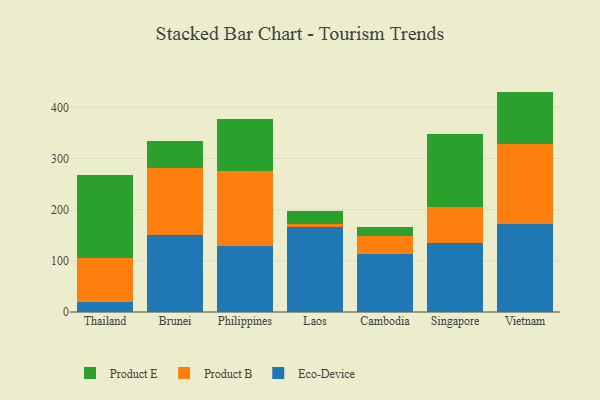
{"axis": {"x": "Country", "y": "Net Income (USD K)"}, "legend": ["Eco-Device", "Product B", "Product E"], "data": [{"x": "Thailand", "y": 19.5, "type": "Eco-Device"}, {"x": "Thailand", "y": 86.1, "type": "Product B"}, {"x": "Thailand", "y": 162.3, "type": "Product E"}, {"x": "Brunei", "y": 151.4, "type": "Eco-Device"}, {"x": "Brunei", "y": 130.2, "type": "Product B"}, {"x": "Brunei", "y": 53.4, "type": "Product E"}, {"x": "Philippines", "y": 128.6, "type": "Eco-Device"}, {"x": "Philippines", "y": 147.1, "type": "Product B"}, {"x": "Philippines", "y": 102.2, "type": "Product E"}, {"x": "Laos", "y": 165.7, "type": "Eco-Device"}, {"x": "Laos", "y": 5.6, "type": "Product B"}, {"x": "Laos", "y": 26.5, "type": "Product E"}, {"x": "Cambodia", "y": 112.8, "type": "Eco-Device"}, {"x": "Cambodia", "y": 36.1, "type": "Product B"}, {"x": "Cambodia", "y": 16.3, "type": "Product E"}, {"x": "Singapore", "y": 135.7, "type": "Eco-Device"}, {"x": "Singapore", "y": 70.4, "type": "Product B"}, {"x": "Singapore", "y": 140.9, "type": "Product E"}, {"x": "Vietnam", "y": 172.7, "type": "Eco-Device"}, {"x": "Vietnam", "y": 156.6, "type": "Product B"}, {"x": "Vietnam", "y": 101.5, "type": "Product E"}]}